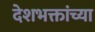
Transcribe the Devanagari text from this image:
देशभक्तांच्या